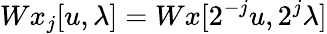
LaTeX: Wx_{j}[u,\lambda]=Wx[2^{-j}u,2^{j}\lambda]